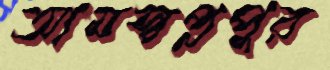
আমস্বপ্নপুর